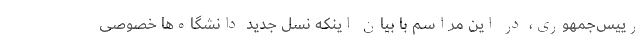
رییس‌جمهوری، در این مراسم با بیان اینكه نسل جدید دانشگاه‌ها خصوصی